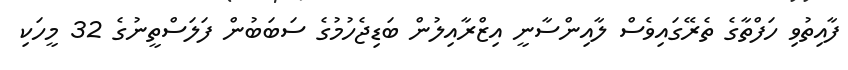
ފާއިތުވި ހަފްތާގެ ތެރޭގައިވެސް ލާއިންސާނީ އިޒްރާއިލުން ބަޑިޖެހުމުގެ ސަބަބުން ފަލަސްތީނުގެ 32 މީހަކި